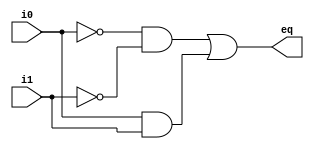
//Listing 3.1
//Chapter 3
//Page 49
//Copyright 2008

module eq1_always
    (
     input wire i0, i1,
     output reg eq      // eq declared as reg
    );
    
    // p0 and p1 declared as reg
    reg p0, p1;
    
   always @(i0, i1)  // i0 and  i1 must be in sensitivity list
    begin
    // the order of statements is important
    
    p0 = ~i0 & ~i1;
    p1 = i0 & i1;
    eq = p0 | p1;
    
    end
    
    endmodule // eq1_always